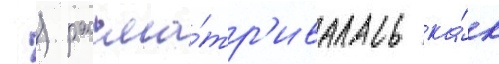
 ) рассма́тр'ивалась ка́к